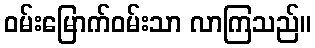
ဝမ်းမြောက်ဝမ်းသာ လာကြသည်။